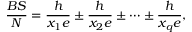
\frac { B S } { N } = \frac { h } { x _ { 1 } e } \pm \frac { h } { x _ { 2 } e } \pm \dots \pm \frac { h } { x _ { q } e } ,